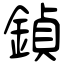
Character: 鍞